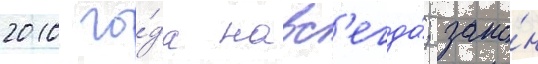
2010 го́да навс'егда́; зако́н